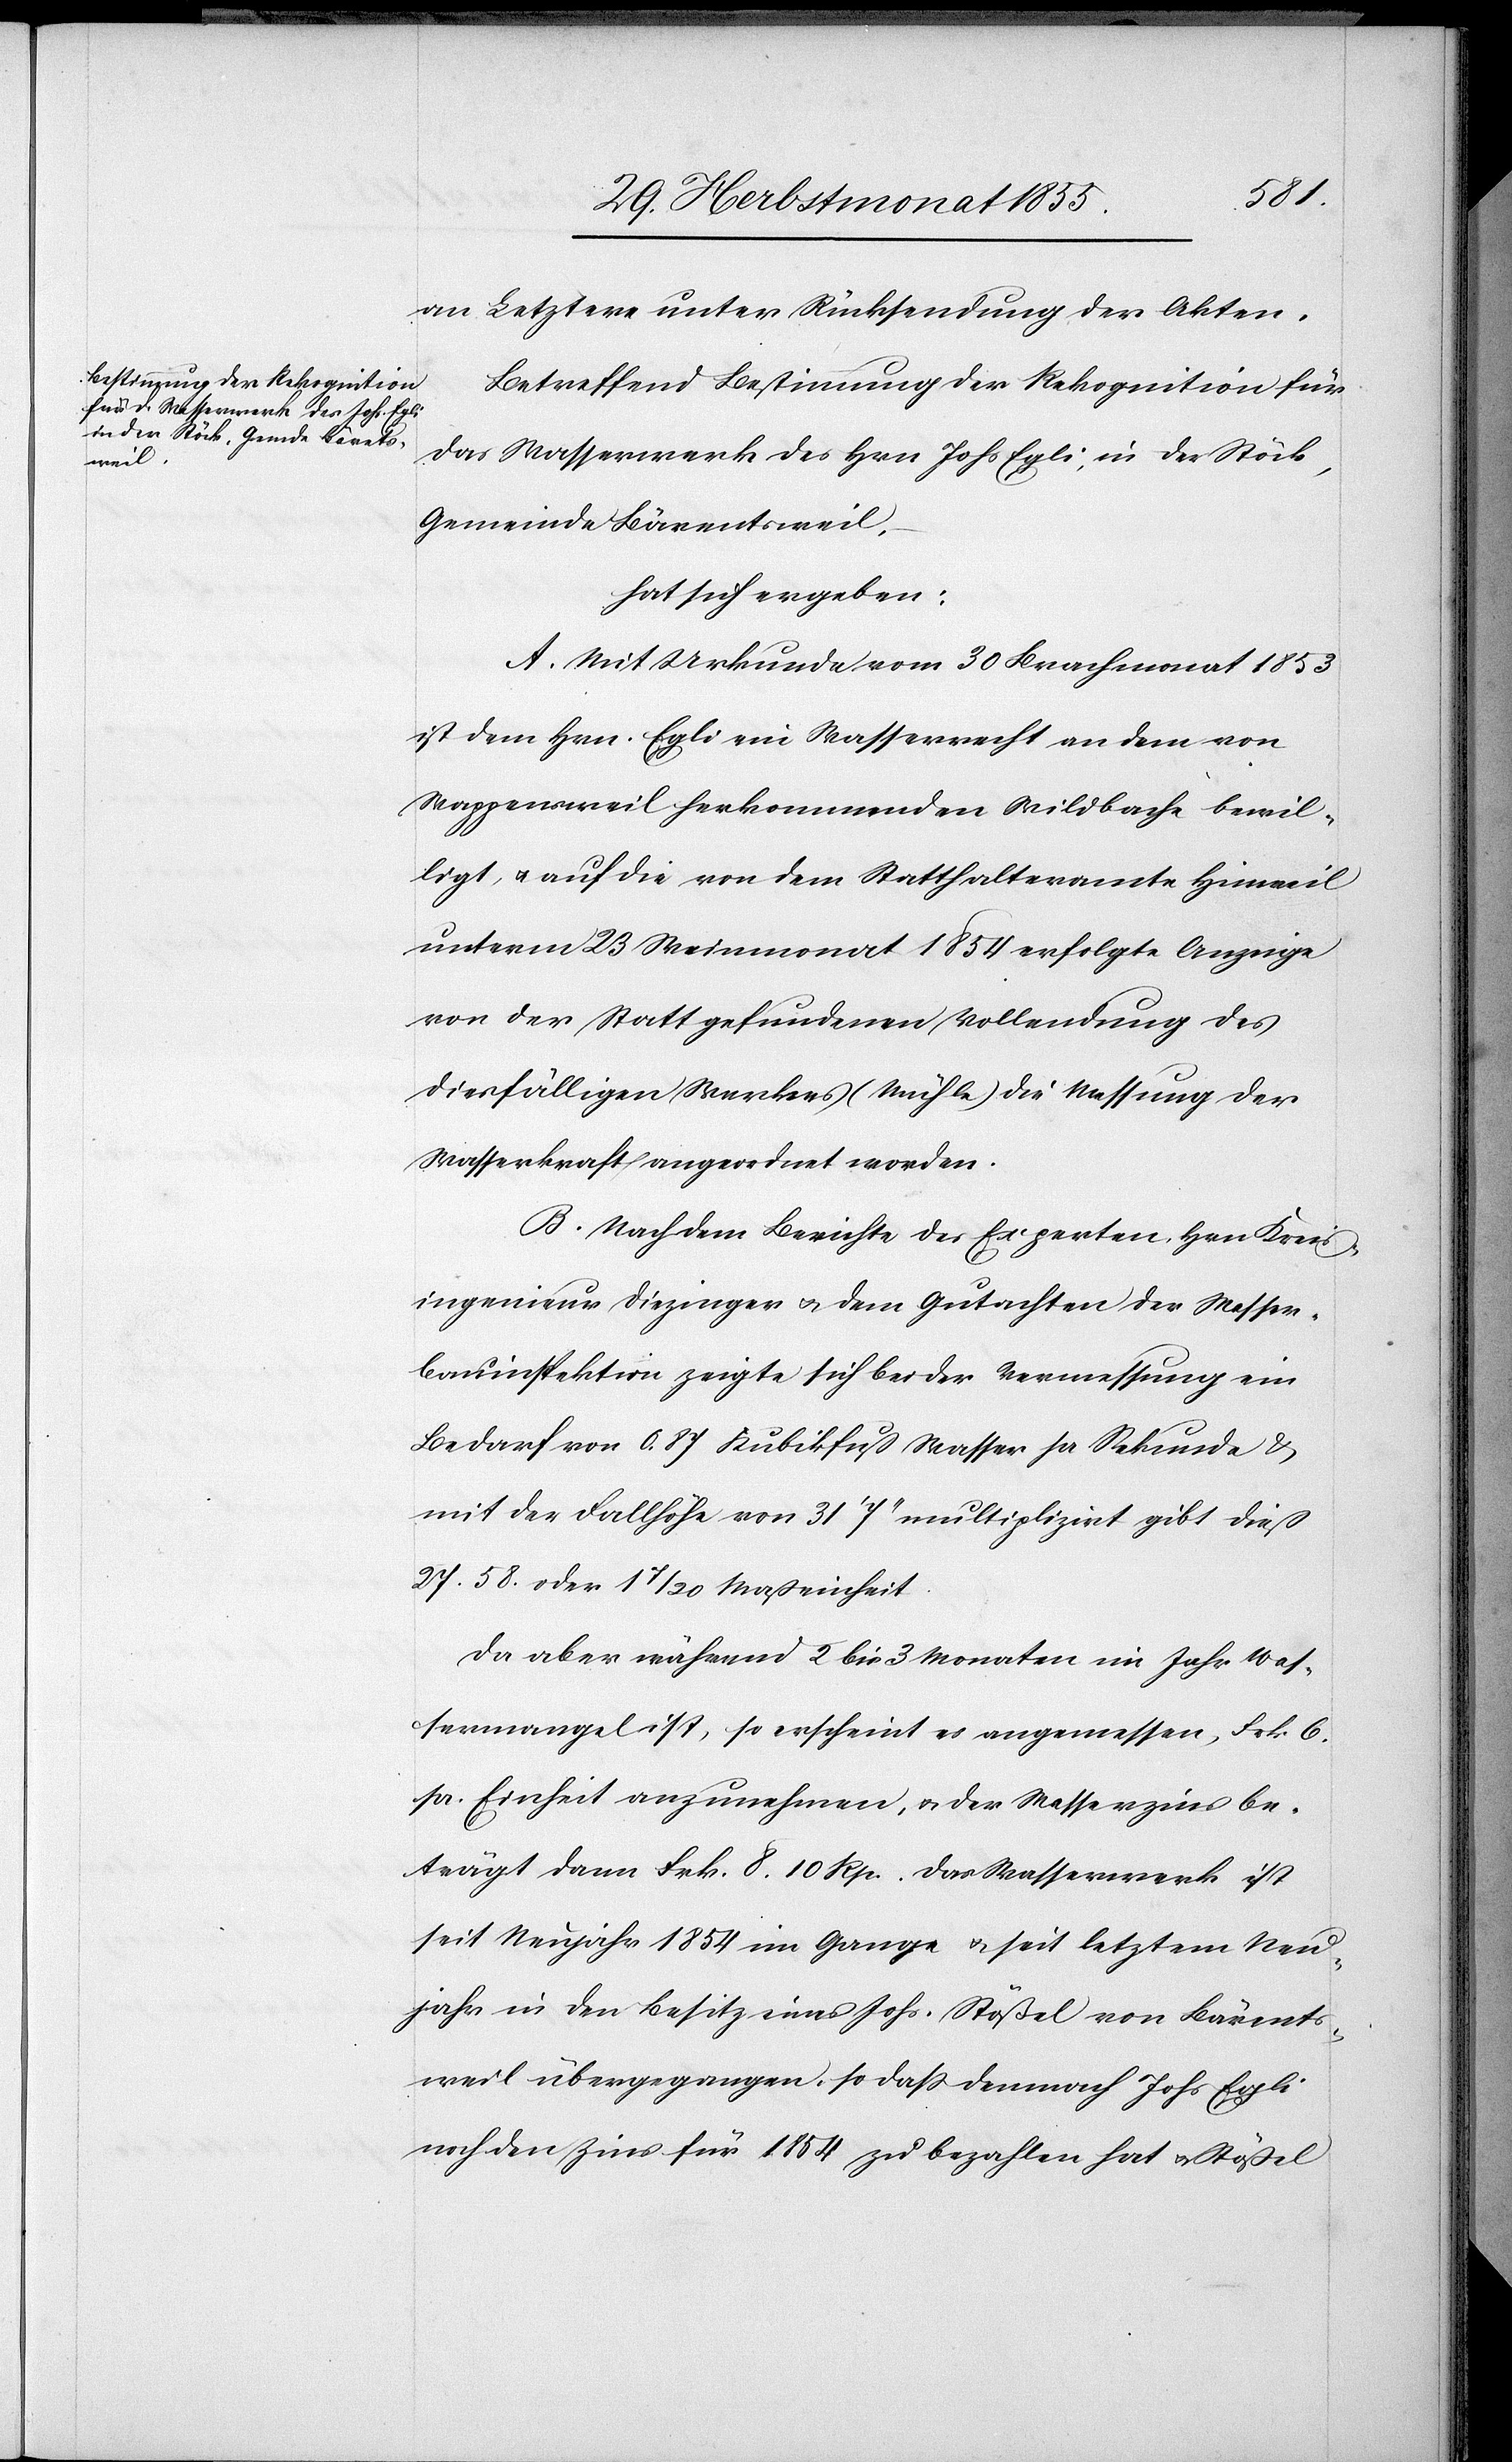
an Letztere unter Rücksendung der Akten.
Betreffend Bestimmung der Rekognition für
das Wasserwerk des Hrn. Johs. Egli, in der Stöck,
Gemeinde Bärentsweil,
hat sich ergeben:
A. Mit Urkunde vom 30 Brachmonat 1853
ist dem Hrn. Egli ein Wasserrecht an dem von
Wappensweil herkommenden Wildbache bewil¬
ligt, & auf die von dem Statthalteramte Hinweil
unterm 23 Weinmonat 1854 erfolgte Anzeige
von der Statt gefundenen Vollendung des
diesfälligen Werkes (Mühle) die Messung der
Wasserkraft angeordnet worden.
B. Nach dem Berichte des Experten, Hrn. Kreis¬
ingenieur Diezinger & dem Gutachten der Wasser¬
bauinspektion zeigte sich bei der Vermessung ein
Bedarf von 0,87 Kubikfuß Wasser pr Sekunde &
mit der Fallhöhe von 31‘ 7‘‘ multiplizirt gibt dieß
27.58. oder 1 7/20 Maßeinheit.
Da aber während 2 bis 3 Monaten im Jahr Was¬
sermangel ist, so erscheint es angemessen, Frk. 6.
pr. Einheit anzunehmen, & der Wasserzins be¬
trägt dann Frk. 8. 10 Rp. Das Wasserwerk ist
seit Neujahr 1854 im Gange & seit letztem Neu¬
jahr in den Besitz eines Johs. Stößel von Bärents¬
weil übergegangen, so dass demnach Johs. Egli
noch den Zins für 1854 zu bezahlen hat & Stößel